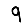
Digit: 9